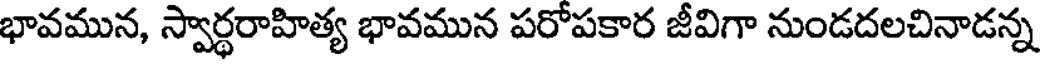
భావమున, స్వార్థరాహిత్య భావమున పరోపకార జీవిగా నుండదలచినాడన్న